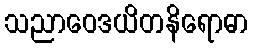
သညာဝေဒယိတနိရောဓာ